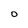
Character: O